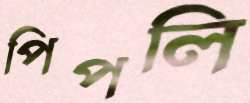
পিপলি